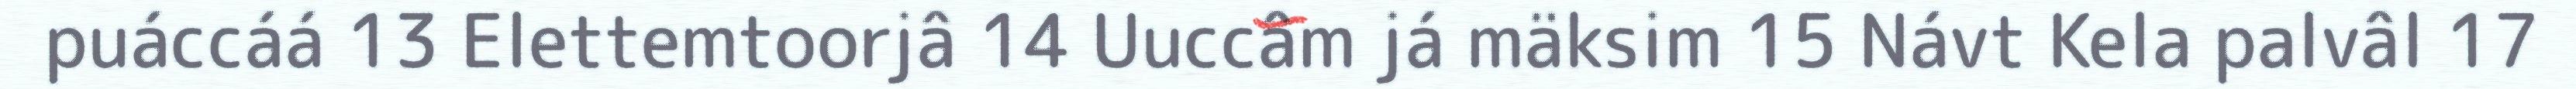
puáccáá 13 Elettemtoorjâ 14 Uuccâm já mäksim 15 Návt Kela palvâl 17